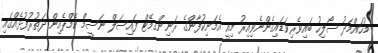
މުހައްމަދު ސޯލިހު ބައިވެރިވަޑައިގެންނެވިއިރު މިއީ އެމަނިކުފާންގެ ރަނިންގމޭޓް ފައިސަލް ނަސީމް ކެމްޕެއިން ދަތުރުފުޅެއްގައި